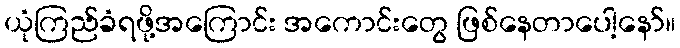
ယုံကြည်ခံရဖို့အကြောင်း အကောင်းတွေ ဖြစ်နေတာပေါ့နော်။